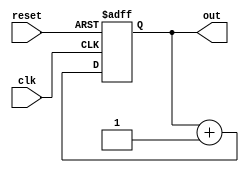
module my_module (
    input wire clk,
    input wire reset,
    output wire [7:0] out
);
    // Simple example logic for the module
    reg [7:0] count;

    always @(posedge clk or posedge reset) begin
        if (reset) begin
            count <= 8'b0;
        end else begin
            count <= count + 1;
        end
    end

    assign out = count;
endmodule